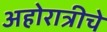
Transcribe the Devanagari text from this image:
अहोरात्रीचे